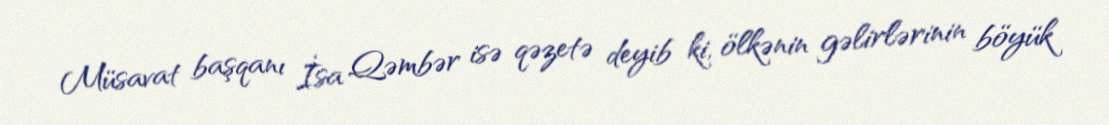
Müsavat başqanı İsa Qəmbər isə qəzetə deyib ki, ölkənin gəlirlərinin böyük